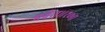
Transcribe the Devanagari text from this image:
भवेत्‌॥१०॥